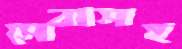
সেবাসহ